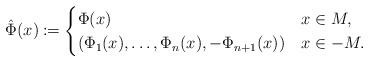
LaTeX: \begin{align*}\hat{\Phi}(x) \coloneqq \begin{cases}\Phi(x) & x \in M,\\(\Phi_1 (x), \ldots, \Phi_n(x) , -\Phi_{n+1}(x)) & x \in -M.\end{cases}\end{align*}